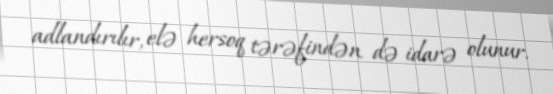
adlandırılır, elə hersoq tərəfindən də idarə olunur.